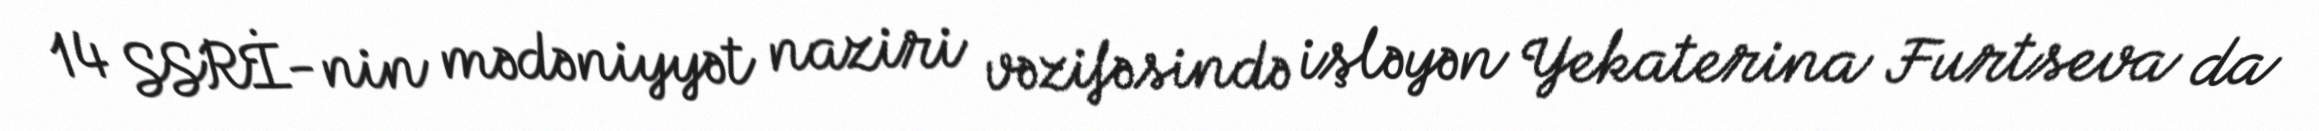
14 SSRİ-nin mədəniyyət naziri vəzifəsində işləyən Yekaterina Furtseva da